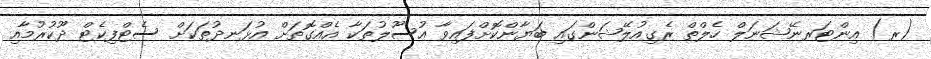
(ރ) އިންޓަރނޭޝަނަލް ހެލްތް ރެގިއުލޭޝަންގައި ބަޔާންކޮށްފައިވާ އުސޫލުތަކާ އެއްގޮތަށް އުޅަނދުތަކަށް ސެޓްފިކެޓް ދޫކުރުމާއި